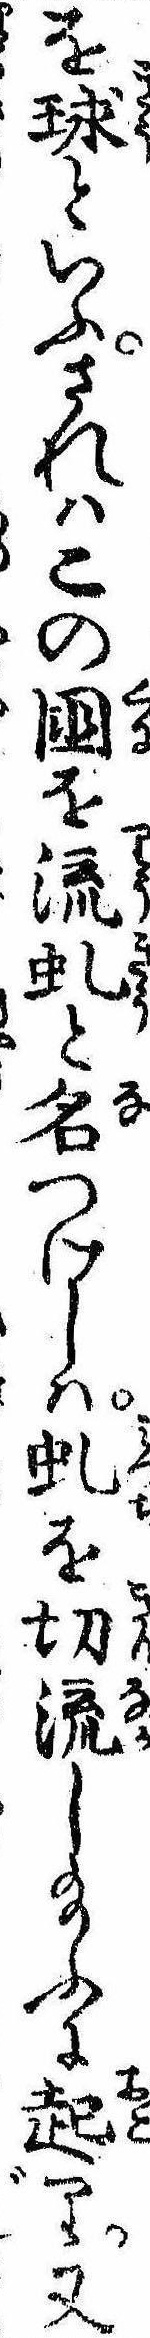
を球といふされはこの国を流虬と名つけしは虬を切流し給ふに起り又